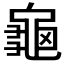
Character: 龜